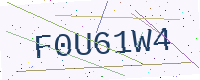
Text: F0U61W4